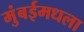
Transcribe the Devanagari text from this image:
मुंबईमधला